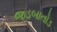
જડબાતોડ